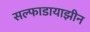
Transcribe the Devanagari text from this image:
सल्फाडायाझीन